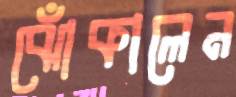
ঝোঁকালেন